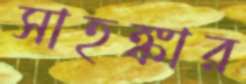
সাহঙ্কার